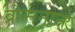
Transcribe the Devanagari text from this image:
ब्रोसनान